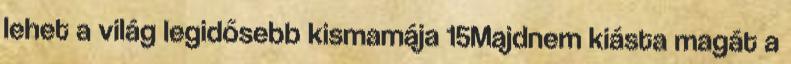
lehet a világ legidősebb kismamája 15Majdnem kiásta magát a